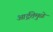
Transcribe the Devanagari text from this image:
आर्द्रतेमुळे